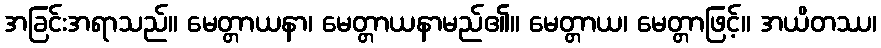
အခြင်းအရာသည်။ မေတ္တာယနာ၊ မေတ္တာယနာမည်၏။ မေတ္တာယ၊ မေတ္တာဖြင့်။ အယိတဿ၊